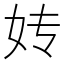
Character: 𰋹